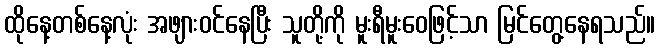
ထိုနေ့တစ်နေ့လုံး အဖျားဝင်နေပြီး သူတို့ကို မူးရီမူးဝေဖြင့်သာ မြင်တွေ့နေရသည်။